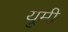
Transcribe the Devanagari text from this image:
युमी